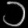
Digit: ၁